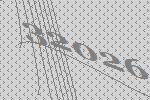
32026